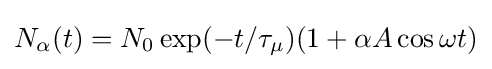
N_{\alpha }(t)=N_{0}\exp(-t/\tau _{\mu })(1+\alpha A\cos \omega t)